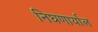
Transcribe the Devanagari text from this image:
निघणार्याल